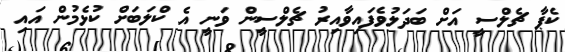
ކެޕާ ޗެލްސީ އަށް ބަދަލުވެފައިވާއިރު ޗެލްސީން ވަނީ އެ ކްލަބަށް ކުޅެމުން އައި